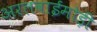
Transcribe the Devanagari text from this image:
अरलवाईमोड़ी